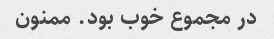
در مجموع خوب بود. ممنون